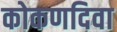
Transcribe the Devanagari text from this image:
कोकणदिवा